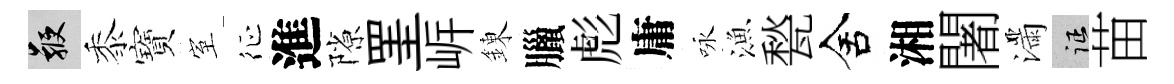
鞭黍寶室征進隙罣㟁錬臘彪庸咏漁甃舍湘闍滿征苗